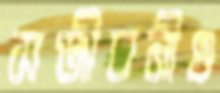
সঞ্জীবনীও